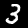
Label: 3